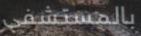
بالمستشفى